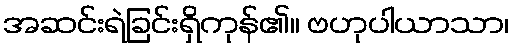
အဆင်းရဲခြင်းရှိကုန်၏။ ဗဟုပါယာသာ၊